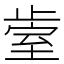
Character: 𰙱